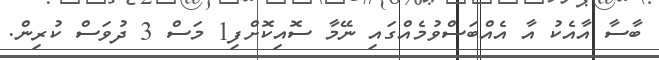
ބާސާ އާއެކު އާ އެއްބަސްވުމެއްގައި ނޭމާ ސޮއިކޮށްފި1 މަސް 3 ދުވަސް ކުރިން.